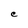
Character: C